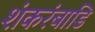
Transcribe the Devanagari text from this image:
शंकरंबाडि